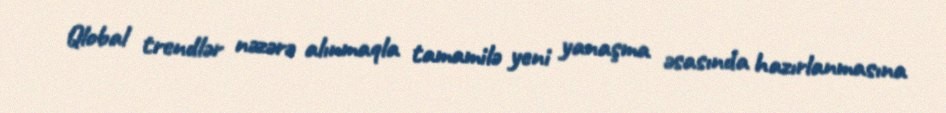
Qlobal trendlər nəzərə alınmaqla tamamilə yeni yanaşma əsasında hazırlanmasına